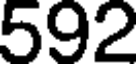
592